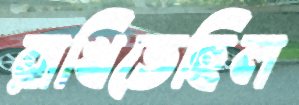
রাখিতেছিল